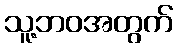
သူ့ဘဝအတွက်